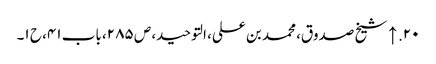
۲۰. ↑ شیخ صدوق، محمد بن علی، التوحید، ص ۲۸۵، باب ۴۱، ح ۱۔